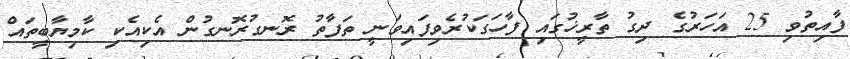
ފާއިތުވި 25 އަހަރުގެ ދިގު ތާރީޚުގައި ފާހަގަކުރެވިފައިވަނީ ތަފާތު ރޮނގުރޮނގުން އެކިއެކި ކާމިޔާބީތައް